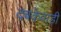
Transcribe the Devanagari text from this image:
दबकेवाड़ी